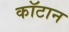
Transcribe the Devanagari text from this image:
कॉटान